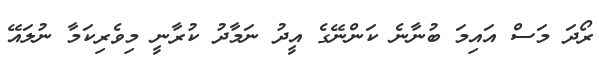
ރޯދަ މަސް އައިމަ ބުނާނެ ކަންނޭގެ އީދު ނަމާދު ކުރާނީ މިވެރިކަމާ ނުލައޭ